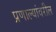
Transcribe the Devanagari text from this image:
प्रणाल्यांवरील